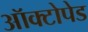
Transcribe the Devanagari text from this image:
ऑक्टोपेड